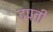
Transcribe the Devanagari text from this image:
दपती